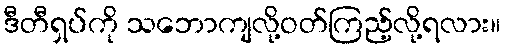
ဒီတီရှပ်ကို သဘောကျလို့ဝတ်ကြည့်လို့ရလား။